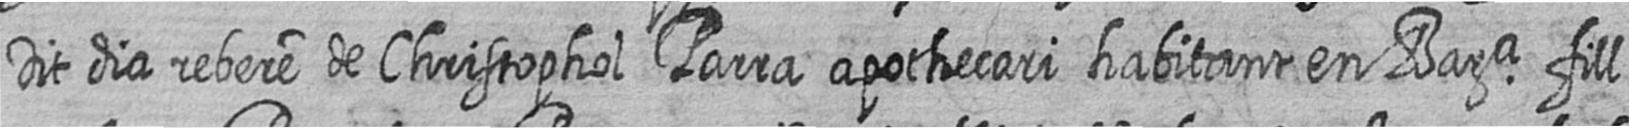
Dit dia rebere de Christophol Parra apothecari habitant en Bara fill